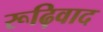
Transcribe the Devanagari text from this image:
रूढ़िवाद